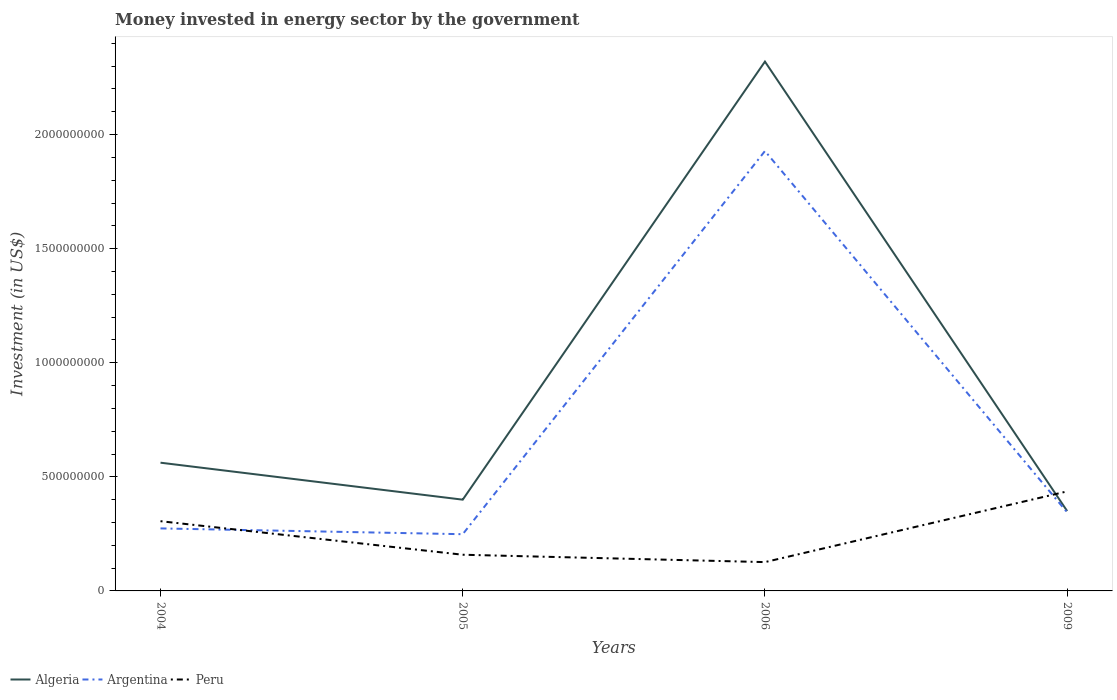
| Years | Algeria | Argentina | Peru |
 | --- | --- | --- | --- |
 | 2004 | 5.62e+08 | 2.74e+08 | 3.06e+08 |
 | 2005 | 4e+08 | 2.49e+08 | 1.59e+08 |
 | 2006 | 2.32e+09 | 1.93e+09 | 1.26e+08 |
 | 2009 | 3.5e+08 | 3.44e+08 | 4.36e+08 |